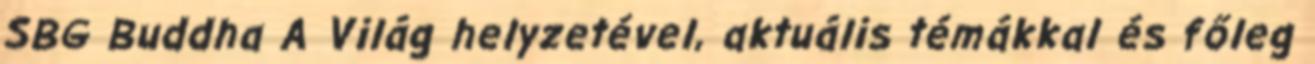
SBG Buddha A Világ helyzetével, aktuális témákkal és főleg